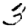
Digit: 3